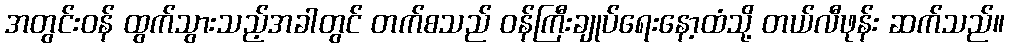
အတွင်းဝန် ထွက်သွားသည့်အခါတွင် တက်စသည် ဝန်ကြီးချုပ်ရေးနော့ထံသို့ တယ်လီဖုန်း ဆက်သည်။